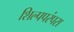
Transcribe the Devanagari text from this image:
शिल्पपरंपरा